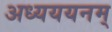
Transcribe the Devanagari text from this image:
अध्यययनम्